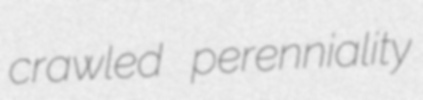
crawled perenniality